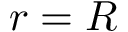
r = R